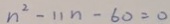
n ^ { 2 } - 1 1 n - 6 0 = 0